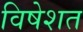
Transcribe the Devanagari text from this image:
विषेशत